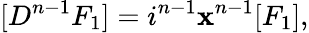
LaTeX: [D^{n-1}F_{1}]=i^{n-1}\mathbf{x}^{n-1}[F_{1}],